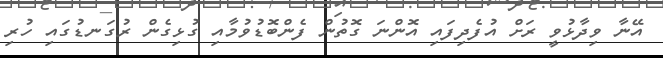
އޭނާ ވިދާޅުވީ ރަށް އުފެދިފައި އޮންނަ ގޮތުން ފެންބޮޑުވުމާއި ގުޅިގެން ރުގަނޑުގައި ހުރި